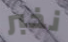
نخبر